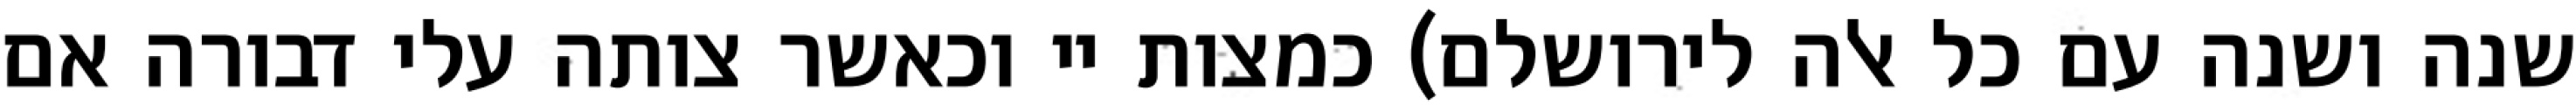
שנה ושנה עם כל אלה לירושלם) כמצות יי וכאשר צותה עלי דבורה אם